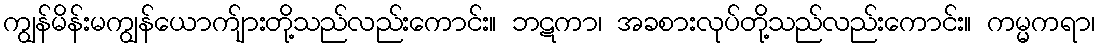
ကျွန်မိန်းမကျွန်ယောက်ျားတို့သည်လည်းကောင်း။ ဘဋကာ၊ အခစားလုပ်တို့သည်လည်းကောင်း။ ကမ္မကရာ၊